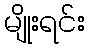
မျိုးရင်း